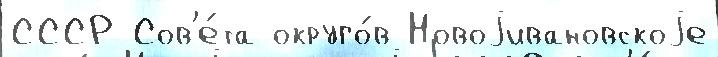
СССР Сов'е́та округо́в Новоjивановскоjе